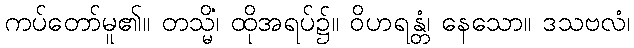
ကပ်တော်မူ၏။ တသ္မိံ၊ ထိုအရပ်၌။ ဝိဟရန္တံ၊ နေသော။ ဒသဗလံ၊